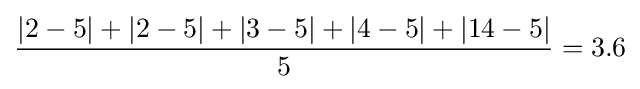
{\frac {|2-5|+|2-5|+|3-5|+|4-5|+|14-5|}{5}}=3.6